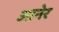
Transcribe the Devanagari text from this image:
आनेर